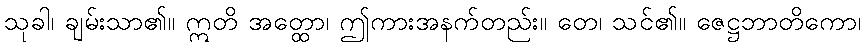
သုခါ၊ ချမ်းသာ၏။ ဣတိ အတ္ထော၊ ဤကားအနက်တည်း။ တေ၊ သင်၏။ ဇေဋ္ဌဘာတိကော၊